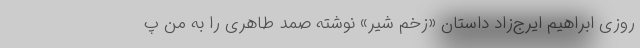
روزی ابراهیم ایرج‌زاد داستان «زخم شیر» نوشته صمد طاهری را به من پ